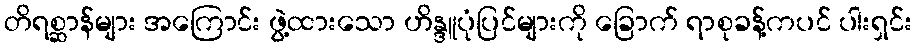
တိရစ္ဆာန်များ အကြောင်း ဖွဲ့ထားသော ဟိန္ဒူပုံပြင်များကို ခြောက် ရာစုခန့်ကပင် ပါးရှင်း